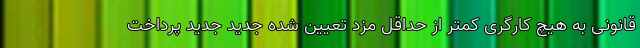
قانونی به هیچ کارگری کمتر از حداقل مزد تعیین شده جدید جدید پرداخت